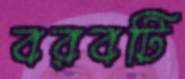
বরবটি